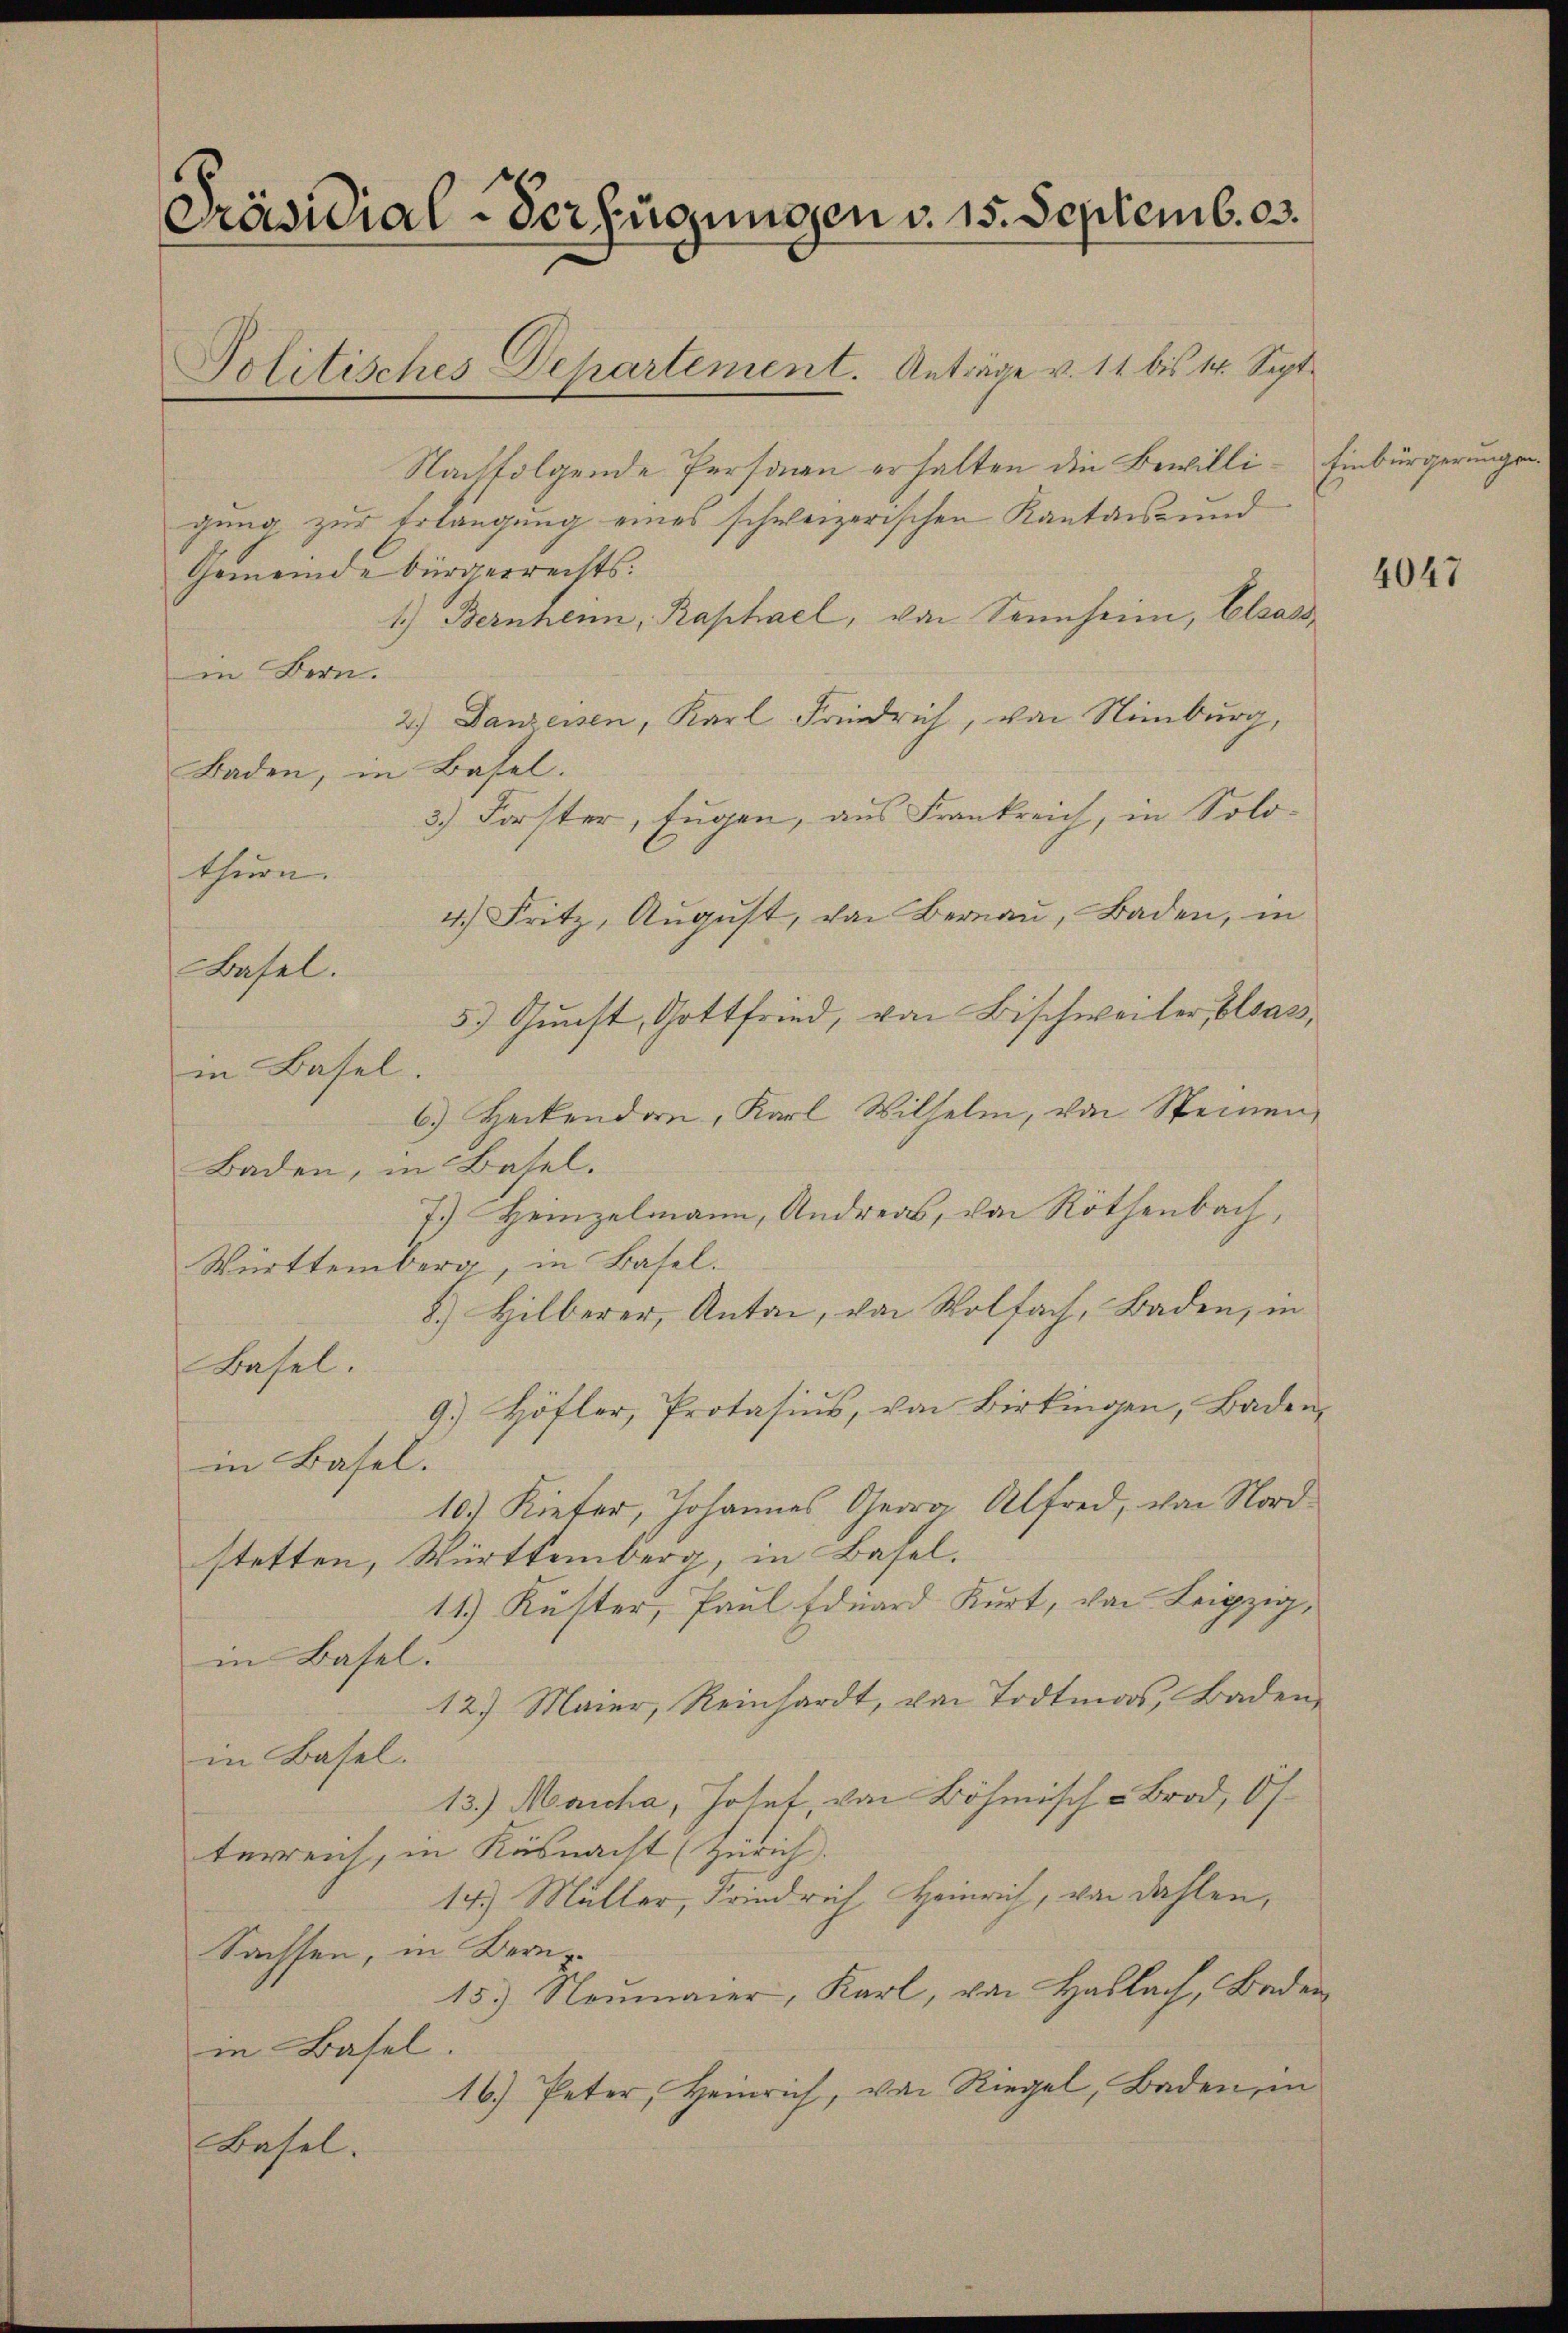
Präsidial-Verfügungen v. 15. Septemb. 83.

Politisches Departement. Anträge v. 11 bis 14. Sept.

Nachfolgende Personen erhalten die Bewilligung zur Erlängung eines schweizerischen Kantonsrund
Gemeinde bürgerrechts:
1.) Bernheim, Raphael, von Sennheim, Elsass,
in Bern.
2.) Danzessen, Karl Friedrich, von Nimburg,
Baden, in Basel.
3.) Forster, fugen, aus Frankreich, in Solo-
thurn.
4.) Fritz, August, von Bernau, Baden, in
Basel.
5.) Gunst, Gottfried, von Bischweiler Elsass,
in Basel.
6.) Heckenden, Karl Wilhelm, von Steinen,
Baden, in Basel.
7.) Heinzelmann, Andreas, von Röthenbach,
Württemberg, in Basel.
8.) Hilberer, Anton, von Wolfach, Baden, in
Basel.
9.) Höfler, Protasius, von Birkingen, Baden
in Basel.
10.) Kiefer, Johannes Georg Alfred, von Nordstetten, Württemberg, in Basel.
.
in Basel.
12) Maier, Reinhardt, von Todtmas, Baden,
in Basel.
13.) Marcha, Josef, von Böhmisch - Brod, 0/
terreich, in Küsnacht (Zürich.
14.) Müller, Friedrich Heinrich, von dahlen,
Sachsen, in Bere¬
15.) Neumaier, Karl, von Haslach, Bade
in Basel.
16.) Peter, Heinrich, von Riegel, Baden, in
Basel.

Einbürgerungs

f

f

4047